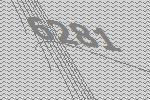
6281